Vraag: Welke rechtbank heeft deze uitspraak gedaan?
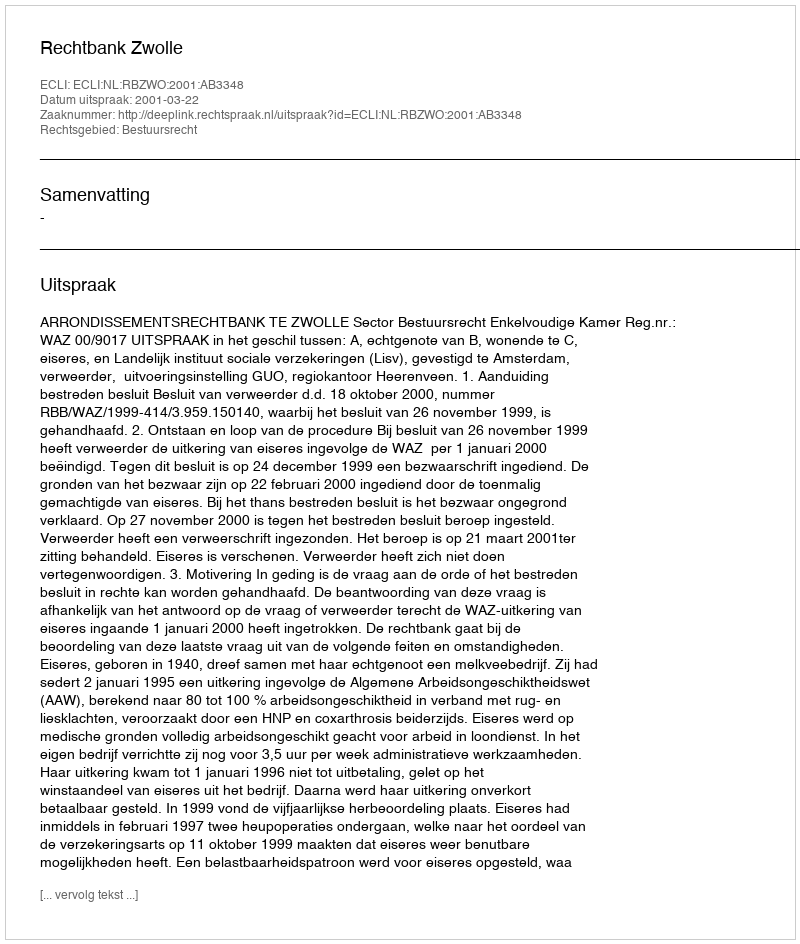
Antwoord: Rechtbank Zwolle